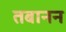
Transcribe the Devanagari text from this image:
तबानन